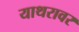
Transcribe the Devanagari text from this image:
याथरावर